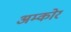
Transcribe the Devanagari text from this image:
अम्कोर